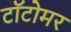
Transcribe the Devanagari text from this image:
टॉटोमर